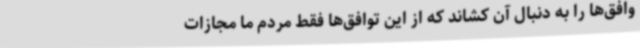
وافق‌ها را به دنبال آن کشاند که از این توافق‌ها فقط مردم ما مجازات